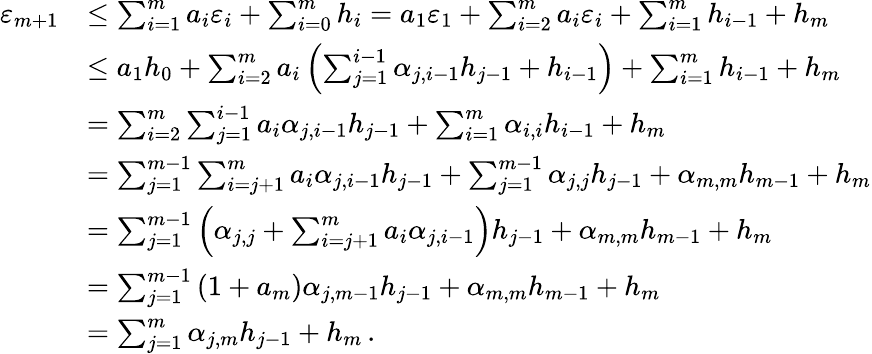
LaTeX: \begin{array}{rl}{{\varepsilon}_{m+1}}&{\leq\sum_{i=1}^{m}{{a}_{i}{\varepsilon}_{i}}+\sum_{i=0}^{m}{{h}_{i}}={a}_{1}{\varepsilon}_{1}+\sum_{i=2}^{m}{{a}_{i}{\varepsilon}_{i}}+\sum_{i=1}^{m}{{h}_{i-1}}+{h}_{m}}\\ &{\leq{a}_{1}{h}_{0}+\sum_{i=2}^{m}{{a}_{i}\left(\sum_{j=1}^{i-1}{{\alpha}_{j,i-1}{h}_{j-1}}+{h}_{i-1}\right)}+\sum_{i=1}^{m}{{h}_{i-1}}+{h}_{m}}\\ &{=\sum_{i=2}^{m}{\sum_{j=1}^{i-1}{{a}_{i}{\alpha}_{j,i-1}{h}_{j-1}}}+\sum_{i=1}^{m}{{\alpha}_{i,i}{h}_{i-1}}+{h}_{m}}\\ &{=\sum_{j=1}^{m-1}{\sum_{i=j+1}^{m}{{a}_{i}{\alpha}_{j,i-1}{h}_{j-1}}}+\sum_{j=1}^{m-1}{{\alpha}_{j,j}{h}_{j-1}}+{\alpha}_{m,m}{h}_{m-1}+{h}_{m}}\\ &{=\sum_{j=1}^{m-1}{\left({\alpha}_{j,j}+\sum_{i=j+1}^{m}{{a}_{i}{\alpha}_{j,i-1}}\right){h}_{j-1}}+{\alpha}_{m,m}{h}_{m-1}+{h}_{m}}\\ &{=\sum_{j=1}^{m-1}{\left(1+{a}_{m}\right){\alpha}_{j,m-1}{h}_{j-1}}+{\alpha}_{m,m}{h}_{m-1}+{h}_{m}}\\ &{=\sum_{j=1}^{m}{{\alpha}_{j,m}{h}_{j-1}}+{h}_{m}\, .}\end{array}